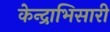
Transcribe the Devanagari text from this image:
केन्द्राभिसारी